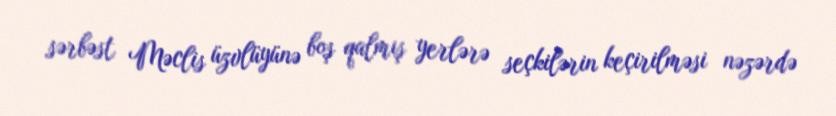
sərbəst Məclis üzvlüyünə boş qalmış yerlərə seçkilərin keçirilməsi nəzərdə